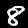
Digit: 8